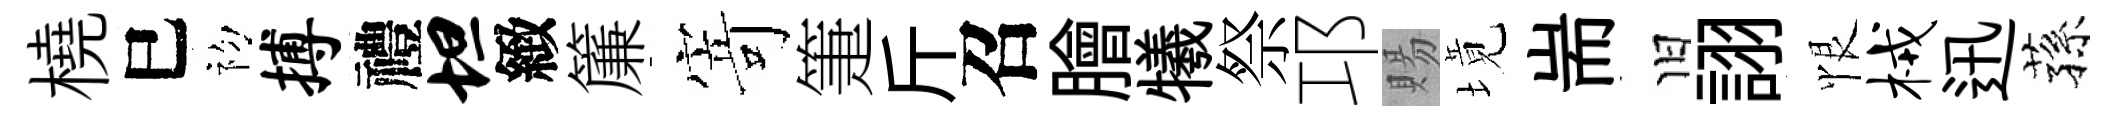
橈巳初搏禮坦緻簾𭔃箑斤召膾犧祭邛賜境耑旧詡恨械迅蓀